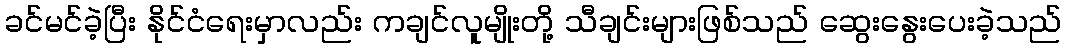
ခင်မင်ခဲ့ပြီး နိုင်ငံရေးမှာလည်း ကချင်လူမျိုးတို့ သီချင်းများဖြစ်သည် ဆွေးနွေးပေးခဲ့သည်